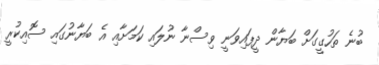
ބުނެ ތަހުގީގަށް ބަޔާން ދީފައިވަނީ ވިސްނާ ނުލައި ކަމަށާއި އެ ބަޔާނުގައި ސޮއިކުރީ